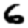
Digit: 6